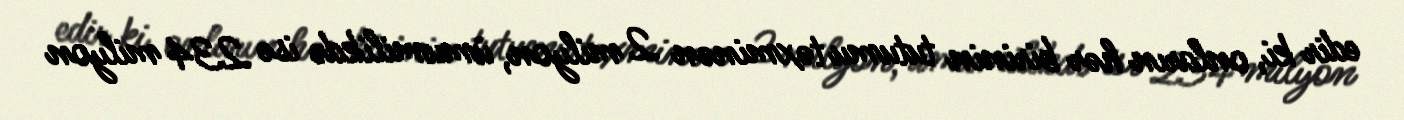
edir ki, onların hər birinin tutumu təxminən 2 milyon, ümumilikdə isə 234 milyon